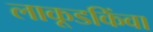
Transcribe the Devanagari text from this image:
लाकूडकिंवा